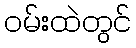
ဝမ်းထဲတွင်